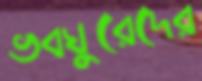
ভবঘুরেদের